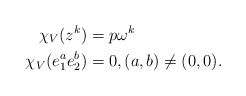
\begin{align*}\chi_V(z^k) &= p \omega^k \\\chi_V(e_1^a e_2^b) &= 0, (a,b) \neq (0,0).\end{align*}